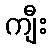
ကျီး